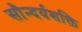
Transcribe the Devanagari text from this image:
सौन्दर्यशक्ति